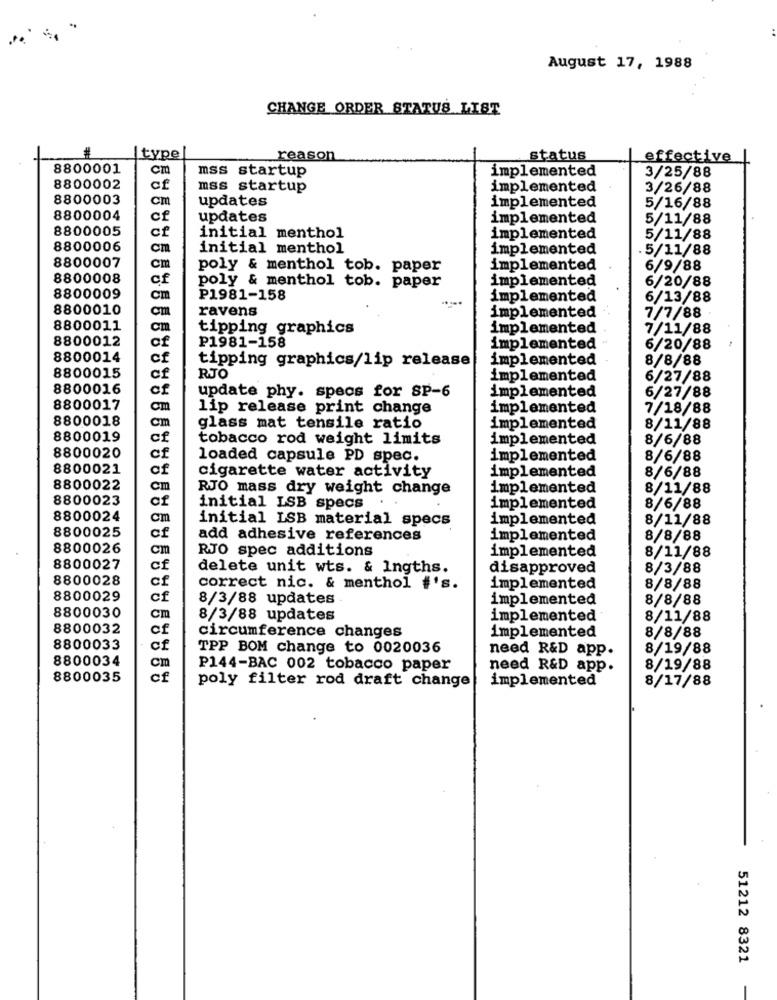
August 17, 1988
CHANGE ORDER STATUS LIST
| type
reason
status
effective
8800001
cm
mss startup
implemented
3/25/88
8800002
cf
mss startup
implemented
3/26/88
8800003
cm
updates
implemented
5/16/88
8800004
of
updates
implemented
5/11/88
8800005
cf
initial menthol
implemented
5/11/88
8800006
cm
initial menthol
implemented
5/11/88
8800007
cm
poly & menthol tob. paper
implemented
6/9/88
8800008
of
implemented
6/20/88
poly & menthol tob. paper
8800009
cm
P1981-158
implemented
6/13/88
8800010
ravens
implemented
7/7/88
8800011
om
tipping graphics
implemented
7/11/88
8800012
of
P1981-158
implemented
6/20/88
8800014
of
tipping graphics/lip release
implemented
8/8/88
8800015
RJO
implemented
6/27/88
8800016
Of
implemented
6/27/88
update phy. specs for SP-6
8800017
lip release print change
implemented
7/18/88
8800018
glass mat tensile ratio
implemented
8/11/88
8800019
cf
tobacco rod weight limits
implemented
8/6/88
8800020
of
loaded capsule PD spec.
implemented
8/6/88
8800021
of
implemented
8/6/88
cigarette water activity
8800022
cm
RJO mass dry weight change
implemented
8/11/88
8800023
of
initial LSB specs
implemented
8/6/88
8800024
cm
initial LSB material specs
implemented
8/11/88
8800025
cf
add adhesive references
implemented
8/8/88
8800026
cm
RJO spec additions
implemented
8/11/88
8800027
cf
delete unit wts. & Ingths.
disapproved
8/3/88
8800028
of
correct nic. & menthol #'s.
implemented
8/8/88
8800029
cf
8/3/88 updates
implemented
8/8/88
8800030
cm
8/3/88 updates
implemented
8/11/88
8800032
of
8/8/88
circumference changes
implemented
8800033
of
TPP BOM change to 0020036
need R&D app.
8/19/88
8800034
cm
P144-BAC 002 tobacco paper
need R&D app.
8/19/88
8800035
of
poly filter rod draft change
implemented
8/17/88
51212 8321
-